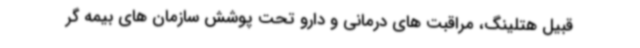
قبیل هتلینگ، مراقبت های درمانی و دارو تحت پوشش سازمان های بیمه گر